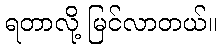
ရတာလို့ မြင်လာတယ်။